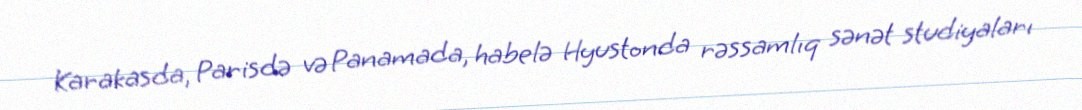
Karakasda, Parisdə və Panamada, habelə Hyustonda rəssamlıq sənət studiyaları